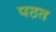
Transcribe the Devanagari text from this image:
पठत